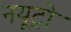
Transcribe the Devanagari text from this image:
नयूट्रो